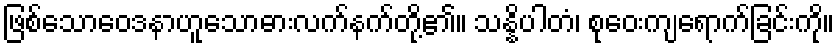
ဖြစ်သောဝေဒနာဟူသောဓားလက်နက်တို့၏။ သန္နိပါတံ၊ စုဝေးကျရောက်ခြင်းကို။